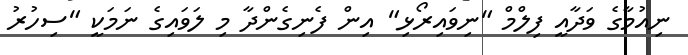
ނިއުމާގެ ވަދާއީ ފިލްމް "ނިވައިރޯޅި" އިން ފެނިގެންދާ މި ލަވައިގެ ނަމަކީ "ސިހުރު